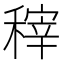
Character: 𮃟